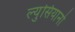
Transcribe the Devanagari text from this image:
ल्युसियानो